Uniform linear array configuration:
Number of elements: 16
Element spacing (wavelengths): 1
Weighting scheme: kaiser
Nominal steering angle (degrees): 30
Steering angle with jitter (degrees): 29.658
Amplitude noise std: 0.05
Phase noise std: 0.05

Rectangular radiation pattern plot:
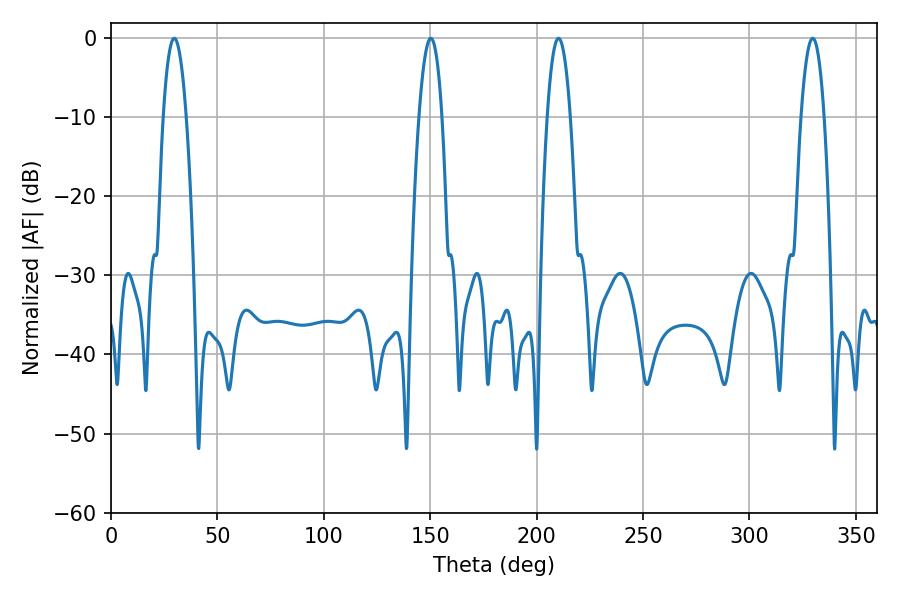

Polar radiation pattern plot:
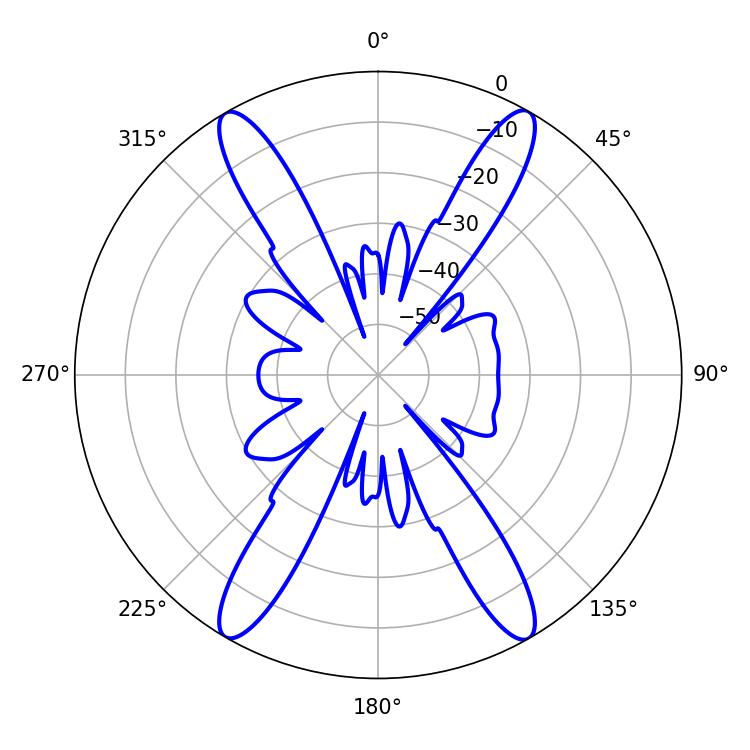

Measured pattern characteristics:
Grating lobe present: TRUE
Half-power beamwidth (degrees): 5.94
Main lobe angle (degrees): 29.7